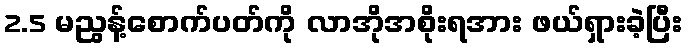
2.5 မညွန့်စောက်ပတ်ကို လာအိုအစိုးရအား ဖယ်ရှားခဲ့ပြီး